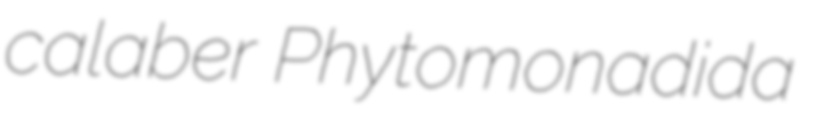
calaber Phytomonadida